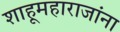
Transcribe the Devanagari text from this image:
शाहूमहाराजांना